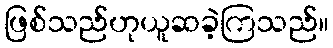
ဖြစ်သည်ဟုယူဆခဲ့ကြသည်။